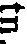
tn.